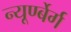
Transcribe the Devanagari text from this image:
न्यूर्ण्बेर्ग